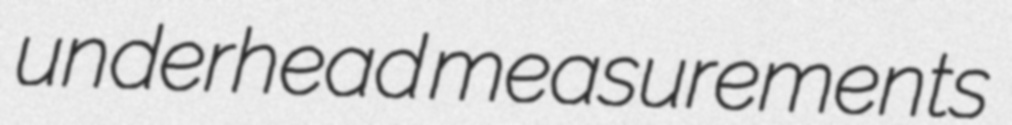
underhead measurements